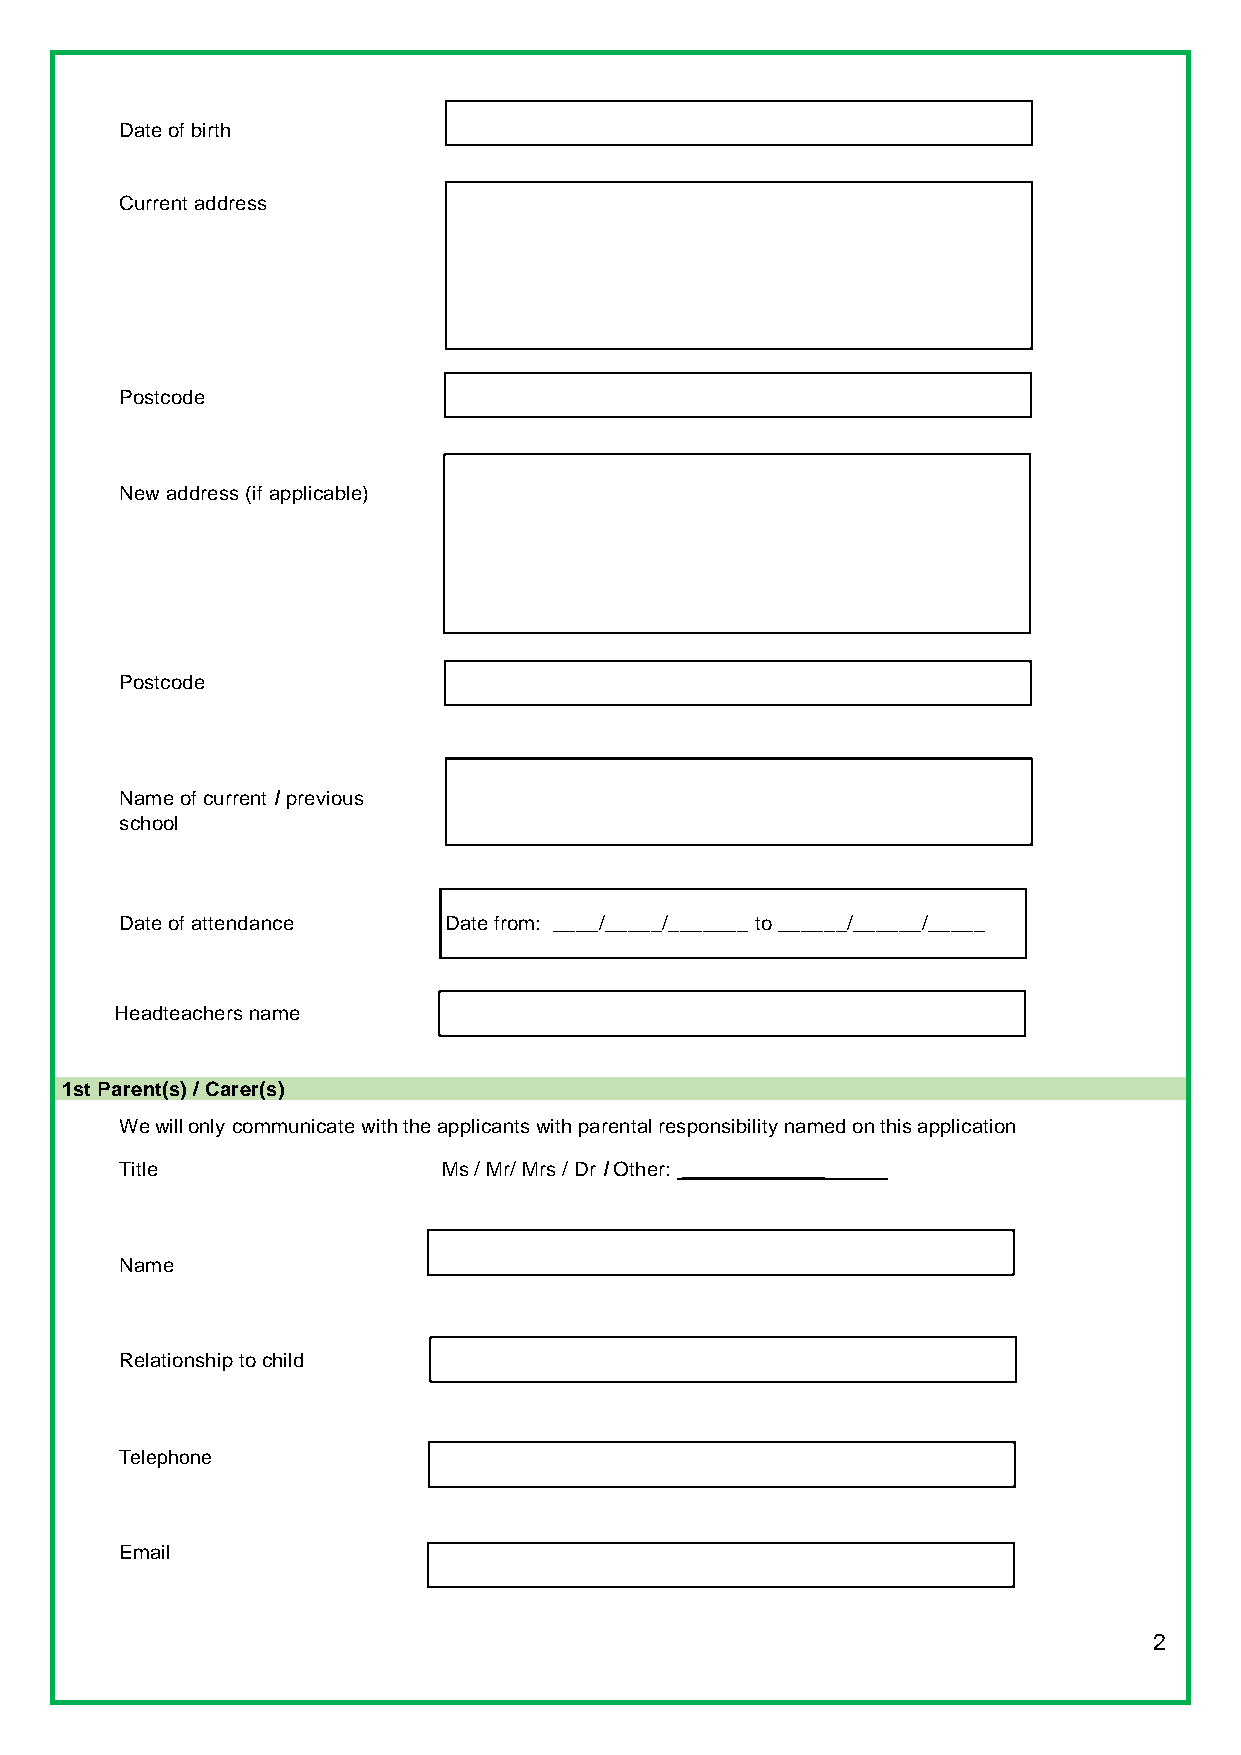
Date of birth
 Current address
 Postcode
 New address (if applicable)
 Postcode
 Name of current I previous
 school
 Date of attendance   Date from: ____/_____/_______ to ______/______/_____
 Headteachers name
 1st Parent(s) / Carer(s)
 We will only communicate with the applicants with parental responsibility named on this application
 Title                Ms / Mr/ Mrs / Dr I Other: _____________
 Name
 Relationship to child
 Telephone
 Email
 2